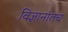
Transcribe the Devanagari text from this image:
विज्ञानांतच